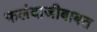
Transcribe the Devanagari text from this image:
फलंदाजीबाबत